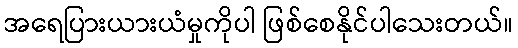
အရေပြားယားယံမှုကိုပါ ဖြစ်စေနိုင်ပါသေးတယ်။